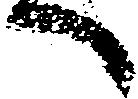
へ